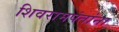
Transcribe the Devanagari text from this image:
शिवरामपंतांना